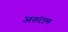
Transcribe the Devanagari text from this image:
अतंराम